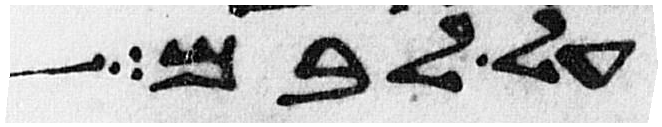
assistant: על לב